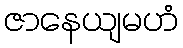
ဇာနေယျမဟံ